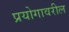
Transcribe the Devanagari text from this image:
प्रयोगावरील